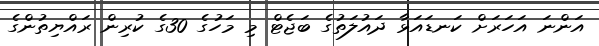
އަންނަ އަހަރަށް ކަނޑައަޅާ ދައުލަތުގެ ބަޖެޓް މި މަހުގެ 30ގެ ކުރިން ރައްޔިތުންގެ